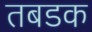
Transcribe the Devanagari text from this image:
तबडक